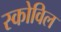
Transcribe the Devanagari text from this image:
स्कोविल